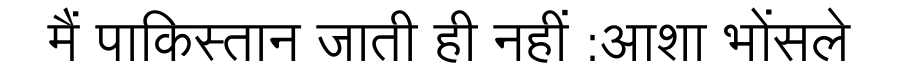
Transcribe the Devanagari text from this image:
मैं पाकिस्तान जाती ही नहीं :आशा भोंसले